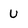
Character: U